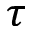
\tau